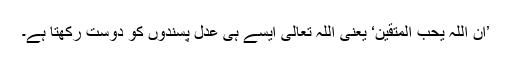
’اِنَّ اللّٰہَ یُحِبُّ الْمُتَّقِیْنَ‘ یعنی اللہ تعالیٰ ایسے ہی عدل پسندوں کو دوست رکھتا ہے۔